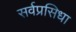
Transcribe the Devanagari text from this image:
सर्वप्रसिधा